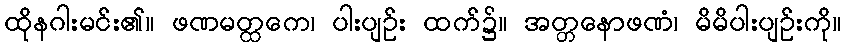
ထိုနဂါးမင်း၏။ ဖဏမတ္ထကေ၊ ပါးပျဉ်း ထက်၌။ အတ္တနောဖဏံ၊ မိမိပါးပျဉ်းကို။